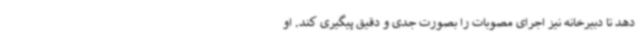
دهد تا دبیرخانه نیز اجرای مصوبات را بصورت جدی و دقیق پیگیری کند. او